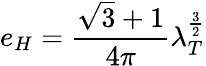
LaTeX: e_{H}=\frac{\sqrt{3}+1}{4\pi}\lambda_{T}^{\frac{3}{2}}